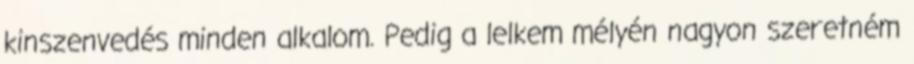
kinszenvedés minden alkalom. Pedig a lelkem mélyén nagyon szeretném